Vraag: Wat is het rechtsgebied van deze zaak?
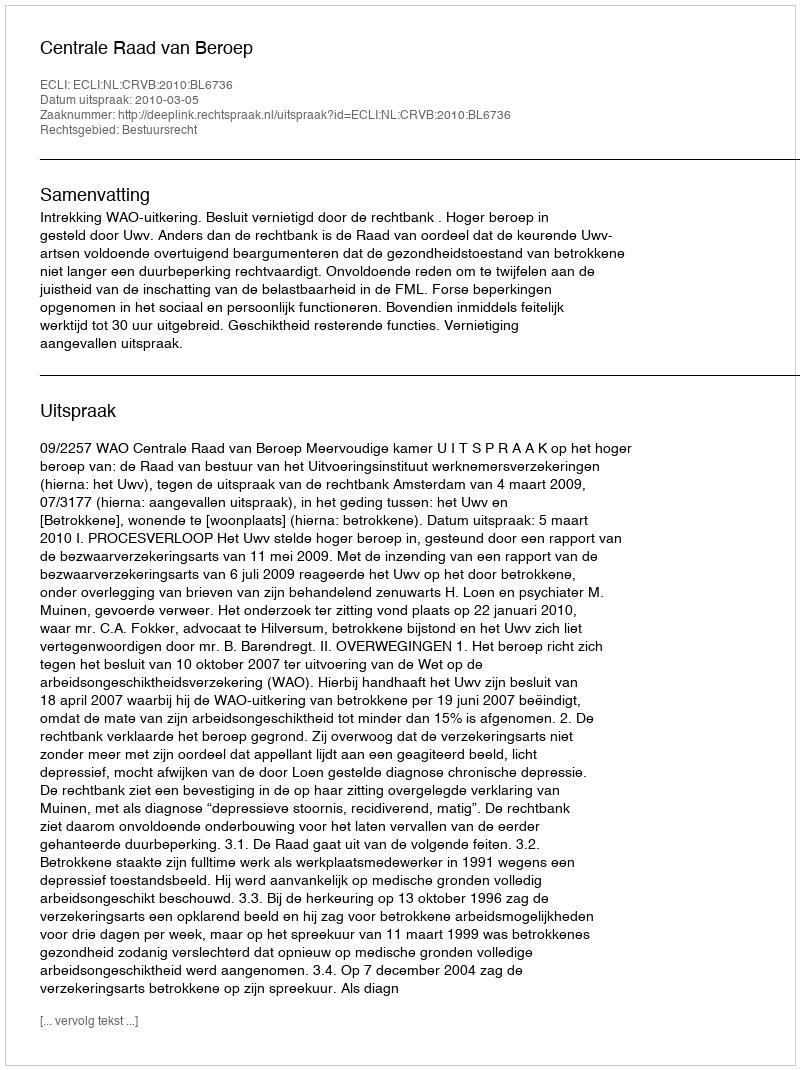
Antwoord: Bestuursrecht